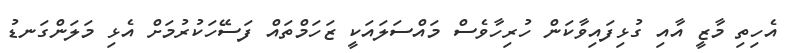
އެހިތި މާޒީ އާއި ގުޅިފައިވާކަން ހުރިހާވެސް މައްސަލައަކީ ޒަހަމްތައް ފަސޭހަކުރުމަށް އެޅި މަލަންގަނޑު